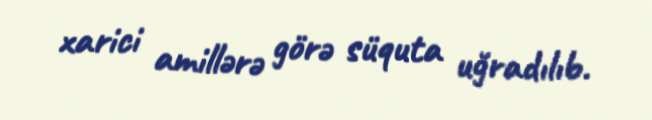
xarici amillərə görə süquta uğradılıb.